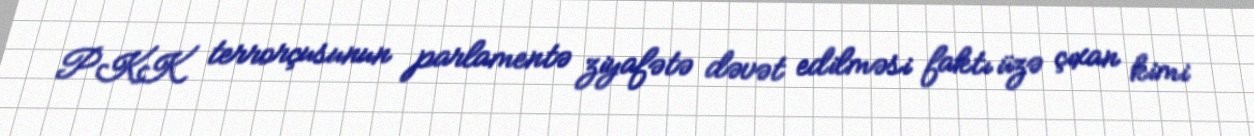
PKK terrorçusunun parlamentə ziyafətə dəvət edilməsi faktı üzə çıxan kimi